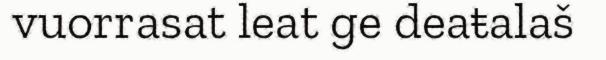
vuorrasat leat ge deaŧalaš